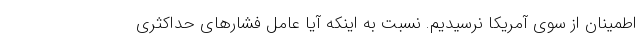
اطمینان از سوی آمریکا نرسیدیم. نسبت به اینکه آیا عامل فشارهای حداکثری